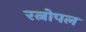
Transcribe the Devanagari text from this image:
रत्नोपल